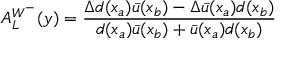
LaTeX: A _ { L } ^ { W ^ { - } } ( y ) = { \frac { \Delta d ( x _ { a } ) \bar { u } ( x _ { b } ) - \Delta \bar { u } ( x _ { a } ) d ( x _ { b } ) } { d ( x _ { a } ) \bar { u } ( x _ { b } ) + \bar { u } ( x _ { a } ) d ( x _ { b } ) } }